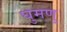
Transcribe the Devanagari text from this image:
घुमणु